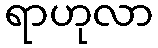
ရာဟုလာ